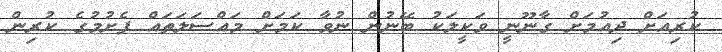
ކުރިއަށް ދިއުމަށް ގާނޫނީ ވަކީލަކު ބޭނުން ނުވާ ކަމަށް މައްސަލަތައް ފެށުމުގެ ކުރިން